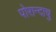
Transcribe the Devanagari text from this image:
पोरान्दाचु